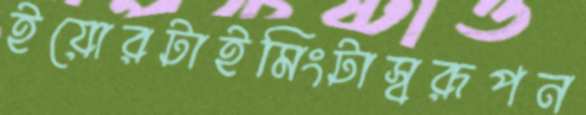
ইয়োরটাইমিংটাস্বরূপন